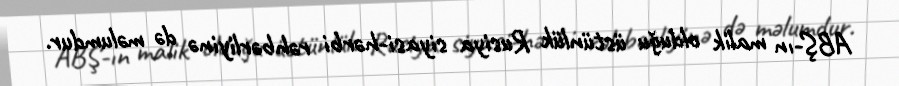
ABŞ-ın malik olduğu üstünlük Rusiya siyasi-hərbi rəhbərliyinə də məlumdur.